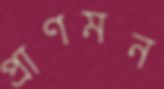
প্রাণমন